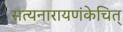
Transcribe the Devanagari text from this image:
सत्यनारायणंकेचित्